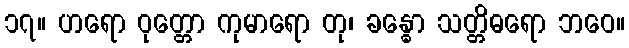
၁၇။ ဟရော ဝုတ္တော ကုမာရော တု၊ ခန္ဓော သတ္တိဓရော ဘဝေ။